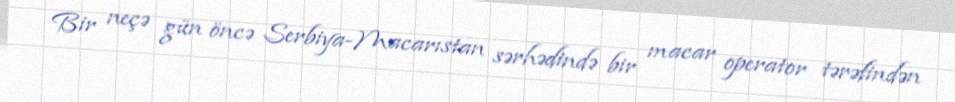
Bir neçə gün öncə Serbiya-Macarıstan sərhədində bir macar operator tərəfindən